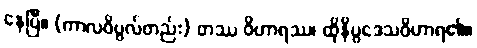
နေပြီ။ (ကာလဝိပ္ပလ်တည်း) တဿ ဝိဟာရဿ၊ ထိုနိပ္ပဒေသဝိဟာရ၏။